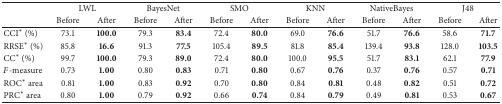
| <ROWSPAN=2>  | <COLSPAN=2> LWL | <COLSPAN=2> BayesNet | <COLSPAN=2> SMO | <COLSPAN=2> KNN | <COLSPAN=2> NativeBayes | <COLSPAN=2> J48 |
 | Before | After | Before | After | Before | After | Before | After | Before | After | Before | After |
 | --- | --- | --- | --- | --- | --- | --- | --- | --- | --- | --- | --- | --- |
 | CCI∗ (%) | 73.1 | 100.0 | 79.3 | 83.4 | 72.4 | 80.0 | 69.0 | 76.6 | 51.7 | 76.6 | 58.6 | 71.7 |
 | RRSE∗ (%) | 85.8 | 16.6 | 91.3 | 77.5 | 105.4 | 89.5 | 81.8 | 85.4 | 139.4 | 93.8 | 128.0 | 103.5 |
 | CC∗ (%) | 99.7 | 100.0 | 79.3 | 89.0 | 72.4 | 80.0 | 100.0 | 95.5 | 51.7 | 83.1 | 62.1 | 77.9 |
 | F-measure | 0.73 | 1.00 | 0.80 | 0.83 | 0.71 | 0.80 | 0.67 | 0.76 | 0.37 | 0.76 | 0.57 | 0.71 |
 | ROC∗ area | 0.81 | 1.00 | 0.83 | 0.92 | 0.70 | 0.80 | 0.84 | 0.81 | 0.48 | 0.82 | 0.51 | 0.72 |
 | PRC∗ area | 0.80 | 1.00 | 0.79 | 0.92 | 0.66 | 0.74 | 0.84 | 0.79 | 0.49 | 0.81 | 0.53 | 0.67 |